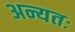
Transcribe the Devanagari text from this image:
अन्यतः